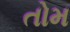
તોમ